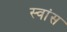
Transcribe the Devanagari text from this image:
स्वांस